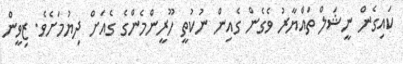
ކައިގެން ނީޝަލް ތައްޔާރު ވެގެން ގެއިން ނުކުތީ ހޫރީންމެންގެ ގެއަށް ދިޔުމަށެވެ. ޒިވީން